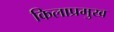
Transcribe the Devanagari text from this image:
किलाप्रमुख